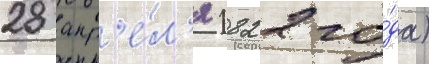
28 апр'е́л'я 1822 го́да)